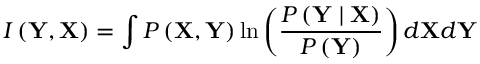
I \left( \mathbf { Y } , \mathbf { X } \right) = \int P \left( \mathbf { X } , \mathbf { Y } \right) \ln \left( \frac { P \left( \mathbf { Y } \mid \mathbf { X } \right) } { P \left( \mathbf { Y } \right) } \right) d \mathbf { X } d \mathbf { Y }